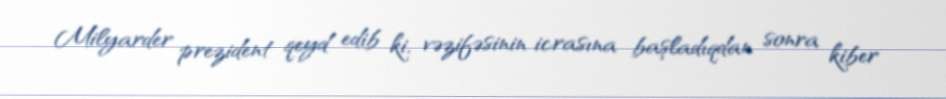
Milyarder prezident qeyd edib ki, vəzifəsinin icrasına başladıqdan sonra kiber